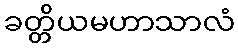
ခတ္တိယမဟာသာလံ